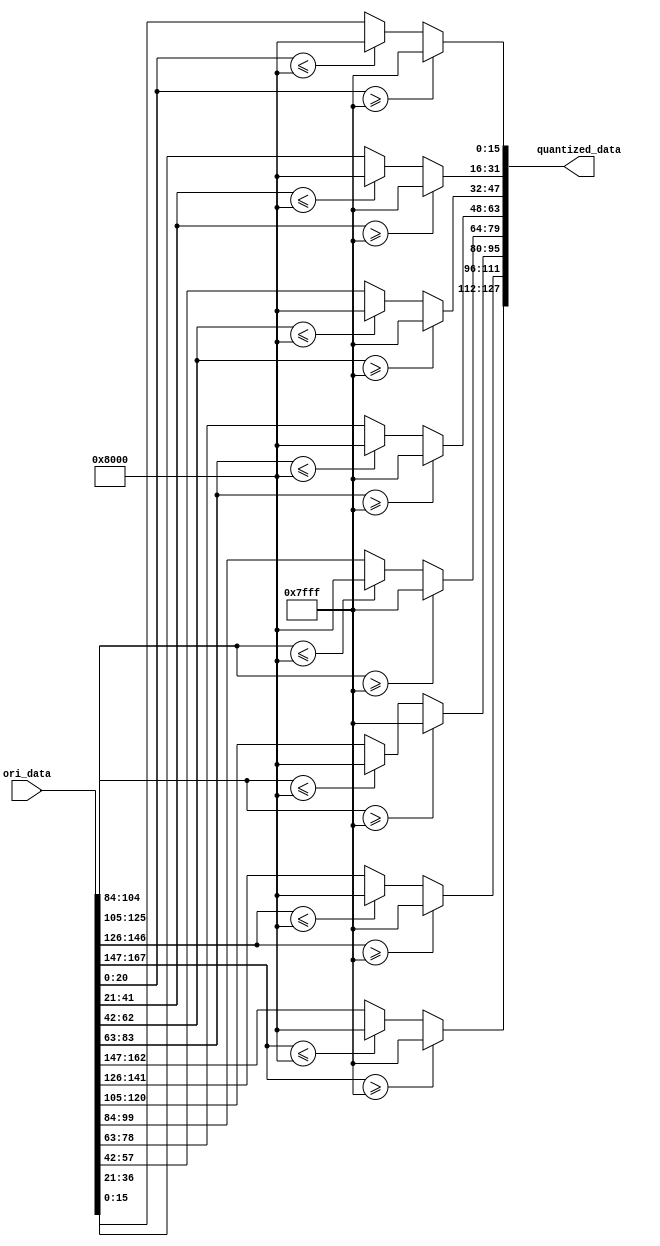
// This program was cloned from: https://github.com/benhuangpf/systolic-array
// License: MIT License

//-------ori data is from systolic array, output to quantized data-------

module quantize#(
	parameter ARRAY_SIZE = 8,
	parameter SRAM_DATA_WIDTH = 32,
	parameter DATA_WIDTH = 8,
	parameter OUTPUT_DATA_WIDTH = 16
)
(
	input signed [ARRAY_SIZE*(DATA_WIDTH+DATA_WIDTH+5)-1:0] ori_data,
	output reg signed [ARRAY_SIZE*OUTPUT_DATA_WIDTH-1:0] quantized_data
);

localparam max_val = 32767,min_val = -32768;
localparam ORI_WIDTH = DATA_WIDTH+DATA_WIDTH+5;

reg signed [ORI_WIDTH-1:0] ori_shifted_data;

integer i;

//quantize the data from 32 bit(16: integer, 8: precision) to 16 bit(8: integer, 8: precision)
always@* begin
	for(i=0; i<ARRAY_SIZE; i=i+1) begin	
		ori_shifted_data = ori_data[i*ORI_WIDTH +: ORI_WIDTH];
		if(ori_shifted_data >= max_val) quantized_data[i*OUTPUT_DATA_WIDTH +: OUTPUT_DATA_WIDTH] = max_val;
		else if(ori_shifted_data <= min_val) quantized_data[i*OUTPUT_DATA_WIDTH +: OUTPUT_DATA_WIDTH] = min_val;
		else quantized_data[i*OUTPUT_DATA_WIDTH +: OUTPUT_DATA_WIDTH] = ori_shifted_data[OUTPUT_DATA_WIDTH-1:0];
	end
end

endmodule